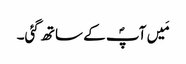
مَیں آپؐ کے ساتھ گئی۔